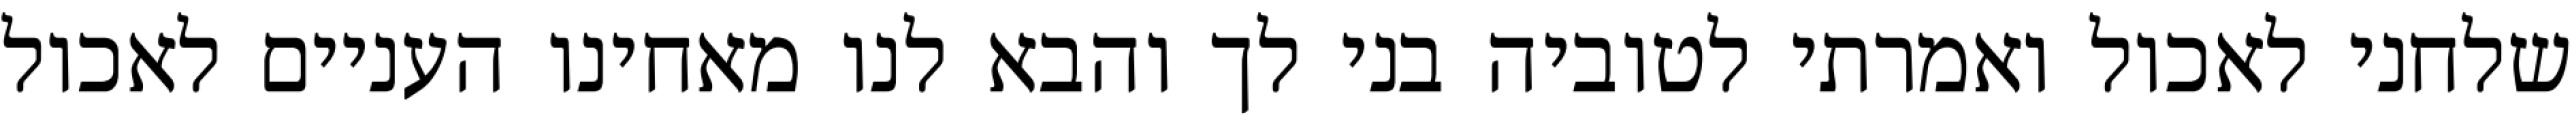
שלחני לאכול ואמרתי לטוביה בני לך והבא לנו מאחינו העניים לאכול